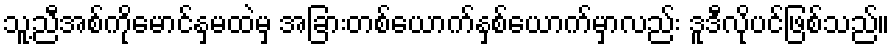
သူ့ညီအစ်ကိုမောင်နှမထဲမှ အခြားတစ်ယောက်နှစ်ယောက်မှာလည်း ဒူဒီလိုပင်ဖြစ်သည်။